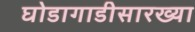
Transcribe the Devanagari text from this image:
घोडागाडीसारख्या